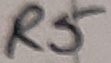
Text: R5